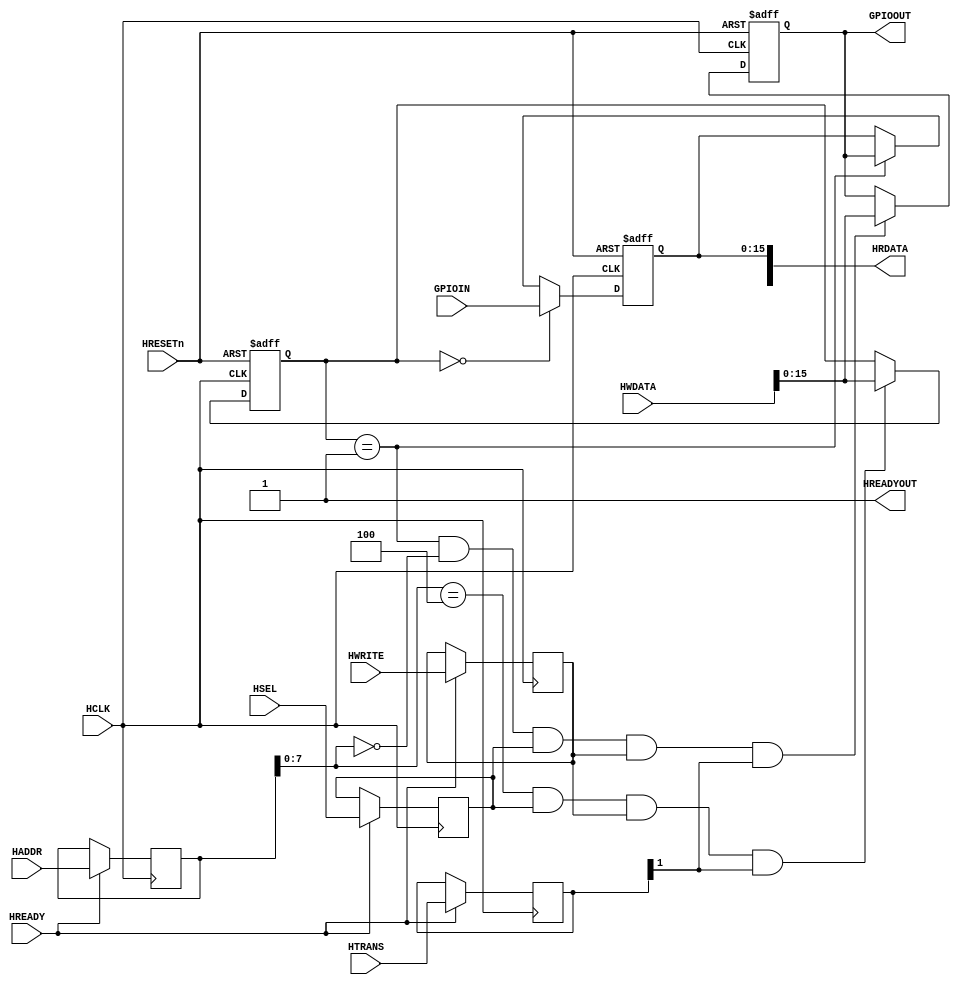
//////////////////////////////////////////////////////////////////////////////////
//END USER LICENCE AGREEMENT                                                    //
//                                                                              //
//Copyright (c) 2012, ARM All rights reserved.                                  //
//                                                                              //
//THIS END USER LICENCE AGREEMENT (LICENCE) IS A LEGAL AGREEMENT BETWEEN      //
//YOU AND ARM LIMITED ("ARM") FOR THE USE OF THE SOFTWARE EXAMPLE ACCOMPANYING  //
//THIS LICENCE. ARM IS ONLY WILLING TO LICENSE THE SOFTWARE EXAMPLE TO YOU ON   //
//CONDITION THAT YOU ACCEPT ALL OF THE TERMS IN THIS LICENCE. BY INSTALLING OR  //
//OTHERWISE USING OR COPYING THE SOFTWARE EXAMPLE YOU INDICATE THAT YOU AGREE   //
//TO BE BOUND BY ALL OF THE TERMS OF THIS LICENCE. IF YOU DO NOT AGREE TO THE   //
//TERMS OF THIS LICENCE, ARM IS UNWILLING TO LICENSE THE SOFTWARE EXAMPLE TO    //
//YOU AND YOU MAY NOT INSTALL, USE OR COPY THE SOFTWARE EXAMPLE.                //
//                                                                              //
//ARM hereby grants to you, subject to the terms and conditions of this Licence,//
//a non-exclusive, worldwide, non-transferable, copyright licence only to       //
//redistribute and use in source and binary forms, with or without modification,//
//for academic purposes provided the following conditions are met:              //
//a) Redistributions of source code must retain the above copyright notice, this//
//list of conditions and the following disclaimer.                              //
//b) Redistributions in binary form must reproduce the above copyright notice,  //
//this list of conditions and the following disclaimer in the documentation     //
//and/or other materials provided with the distribution.                        //
//                                                                              //
//THIS SOFTWARE EXAMPLE IS PROVIDED BY THE COPYRIGHT HOLDER "AS IS" AND ARM     //
//EXPRESSLY DISCLAIMS ANY AND ALL WARRANTIES, EXPRESS OR IMPLIED, INCLUDING     //
//WITHOUT LIMITATION WARRANTIES OF MERCHANTABILITY AND FITNESS FOR A PARTICULAR //
//PURPOSE, WITH RESPECT TO THIS SOFTWARE EXAMPLE. IN NO EVENT SHALL ARM BE LIABLE/
//FOR ANY DIRECT, INDIRECT, INCIDENTAL, PUNITIVE, OR CONSEQUENTIAL DAMAGES OF ANY/
//KIND WHATSOEVER WITH RESPECT TO THE SOFTWARE EXAMPLE. ARM SHALL NOT BE LIABLE //
//FOR ANY CLAIMS, DAMAGES OR OTHER LIABILITY, WHETHER IN AN ACTION OF CONTRACT, //
//TORT OR OTHERWISE, ARISING FROM, OUT OF OR IN CONNECTION WITH THE SOFTWARE    //
//EXAMPLE OR THE USE OR OTHER DEALINGS IN THE SOFTWARE EXAMPLE. FOR THE AVOIDANCE/
// OF DOUBT, NO PATENT LICENSES ARE BEING LICENSED UNDER THIS LICENSE AGREEMENT.//
//////////////////////////////////////////////////////////////////////////////////


module AHBGPIO(
  input wire HCLK,
  input wire HRESETn,
  input wire [31:0] HADDR,
  input wire [1:0] HTRANS,
  input wire [31:0] HWDATA,
  input wire HWRITE,
  input wire HSEL,
  input wire HREADY,
  input wire [15:0] GPIOIN,
  
	
	//Output
  output wire HREADYOUT,
  output wire [31:0] HRDATA,
  output wire [15:0] GPIOOUT
  
  
  );
  
  localparam [7:0] gpio_data_addr = 8'h00;
  localparam [7:0] gpio_dir_addr = 8'h04;
  
  reg [15:0] gpio_dataout;
  reg [15:0] gpio_datain;
  reg [15:0] gpio_dir;
  reg [15:0] gpio_data_next;
  reg [31:0] last_HADDR;
  reg [1:0] last_HTRANS;
  reg last_HWRITE;
  reg last_HSEL;
  
  integer i;
  
  assign HREADYOUT = 1'b1;
  
// Set Registers from address phase  
  always @(posedge HCLK)
  begin
    if(HREADY)
    begin
      last_HADDR <= HADDR;
      last_HTRANS <= HTRANS;
      last_HWRITE <= HWRITE;
      last_HSEL <= HSEL;
    end
  end

  // Update in/out switch
  always @(posedge HCLK, negedge HRESETn)
  begin
    if(!HRESETn)
    begin
      gpio_dir <= 16'h0000;
    end
    else if ((last_HADDR[7:0] == gpio_dir_addr) & last_HSEL & last_HWRITE & last_HTRANS[1])
      gpio_dir <= HWDATA[15:0];
  end
  
  // Update output value
  always @(posedge HCLK, negedge HRESETn)
  begin
    if(!HRESETn)
    begin
      gpio_dataout <= 16'h0000;
    end
    else if ((gpio_dir == 16'h0001) & (last_HADDR[7:0] == gpio_data_addr) & last_HSEL & last_HWRITE & last_HTRANS[1])
      gpio_dataout <= HWDATA[15:0];
  end
  
  // Update input value
  always @(posedge HCLK, negedge HRESETn)
  begin
    if(!HRESETn)
    begin
      gpio_datain <= 16'h0000;
    end
    else if (gpio_dir == 16'h0000)
      gpio_datain <= GPIOIN;
    else if (gpio_dir == 16'h0001)
      gpio_datain <= GPIOOUT;
  end
         
  assign HRDATA[15:0] = gpio_datain;  
  assign GPIOOUT = gpio_dataout;

endmodule